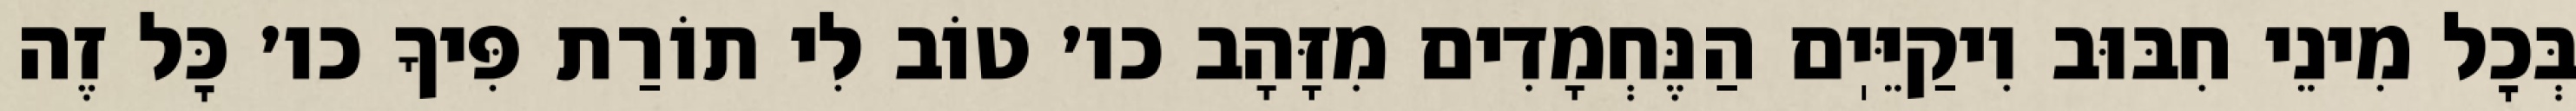
בְּכׇל מִינֵי חִבּוּב וִיקַיֵּיֽם הַנֶּחְמָדִים מִזָּהָב כו׳ טוֹב לִי תוֹרַת פִּיךָ כו׳ כׇּל זֶה